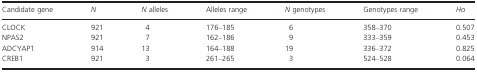
| Candidate gene | N | N alleles | Alleles range | N genotypes | Genotypes range | Ho |
 | --- | --- | --- | --- | --- | --- | --- |
 | CLOCK | 921 | 4 | 176–185 | 6 | 358–370 | 0.507 |
 | NPAS2 | 921 | 7 | 162–186 | 9 | 333–359 | 0.453 |
 | ADCYAP1 | 914 | 13 | 164–188 | 19 | 336–372 | 0.825 |
 | CREB1 | 921 | 3 | 261–265 | 3 | 524–528 | 0.064 |